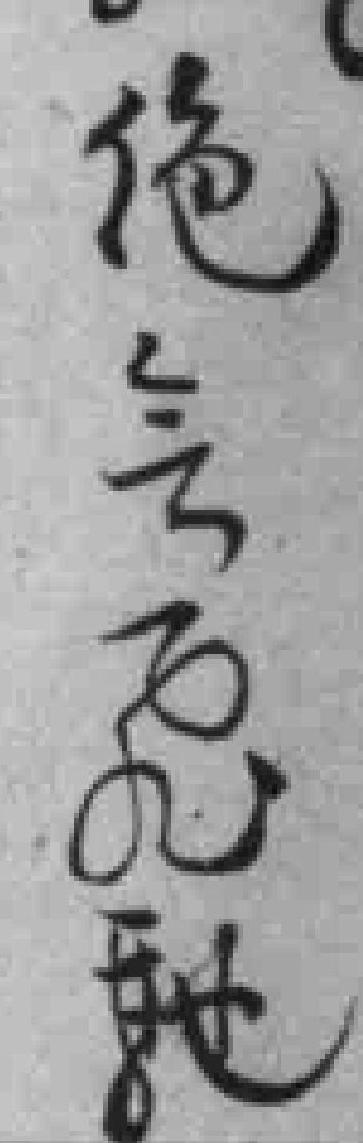
绝無飛馳